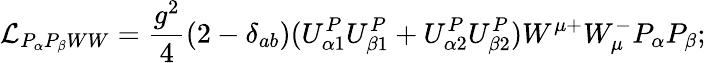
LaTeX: {\cal L}_{P_{\alpha}P_{\beta}WW}=\frac{g^{2}}{4}(2-\delta_{ab})(U_{\alpha 1}^{P}U_{\beta 1}^{P}+U_{\alpha 2}^{P}U_{\beta 2}^{P})W^{\mu+}W_{\mu}^{-}P_{\alpha}P_{\beta};